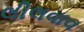
લીલવાવ